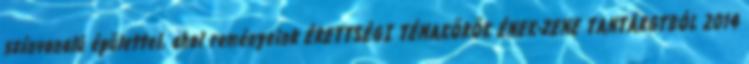
színvonalú épülettel, ahol reményeink ÉRETTSÉGI TÉMAKÖRÖK ÉNEK-ZENE TANTÁRGYBÓL 2014